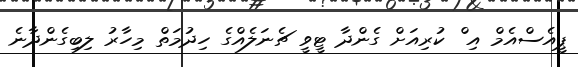
ޕީއެސްއެމް އި ް ކުރިއަށް ގެންދާ ޓީވީ ޗެނަލެއްގެ ހިދުމަތް މިހާރު ލިބިގެންދާނެ